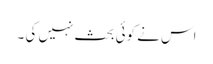
اس نے کوئی بحث نہیں کی ۔